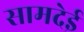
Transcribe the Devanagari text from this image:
सामदेई